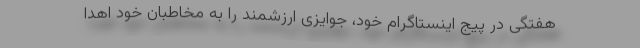
هفتگی در پیج اینستاگرام خود، جوایزی ارزشمند را به مخاطبان خود اهدا